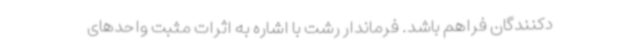
دکنندگان فراهم باشد. فرماندار رشت با اشاره به اثرات مثبت واحدهای